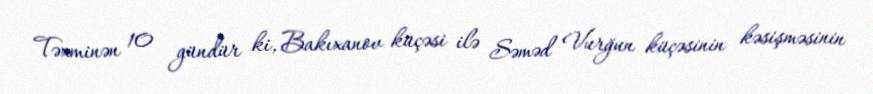
Təxminən 10 gündür ki, Bakıxanov küçəsi ilə Səməd Vurğun küçəsinin kəsişməsinin